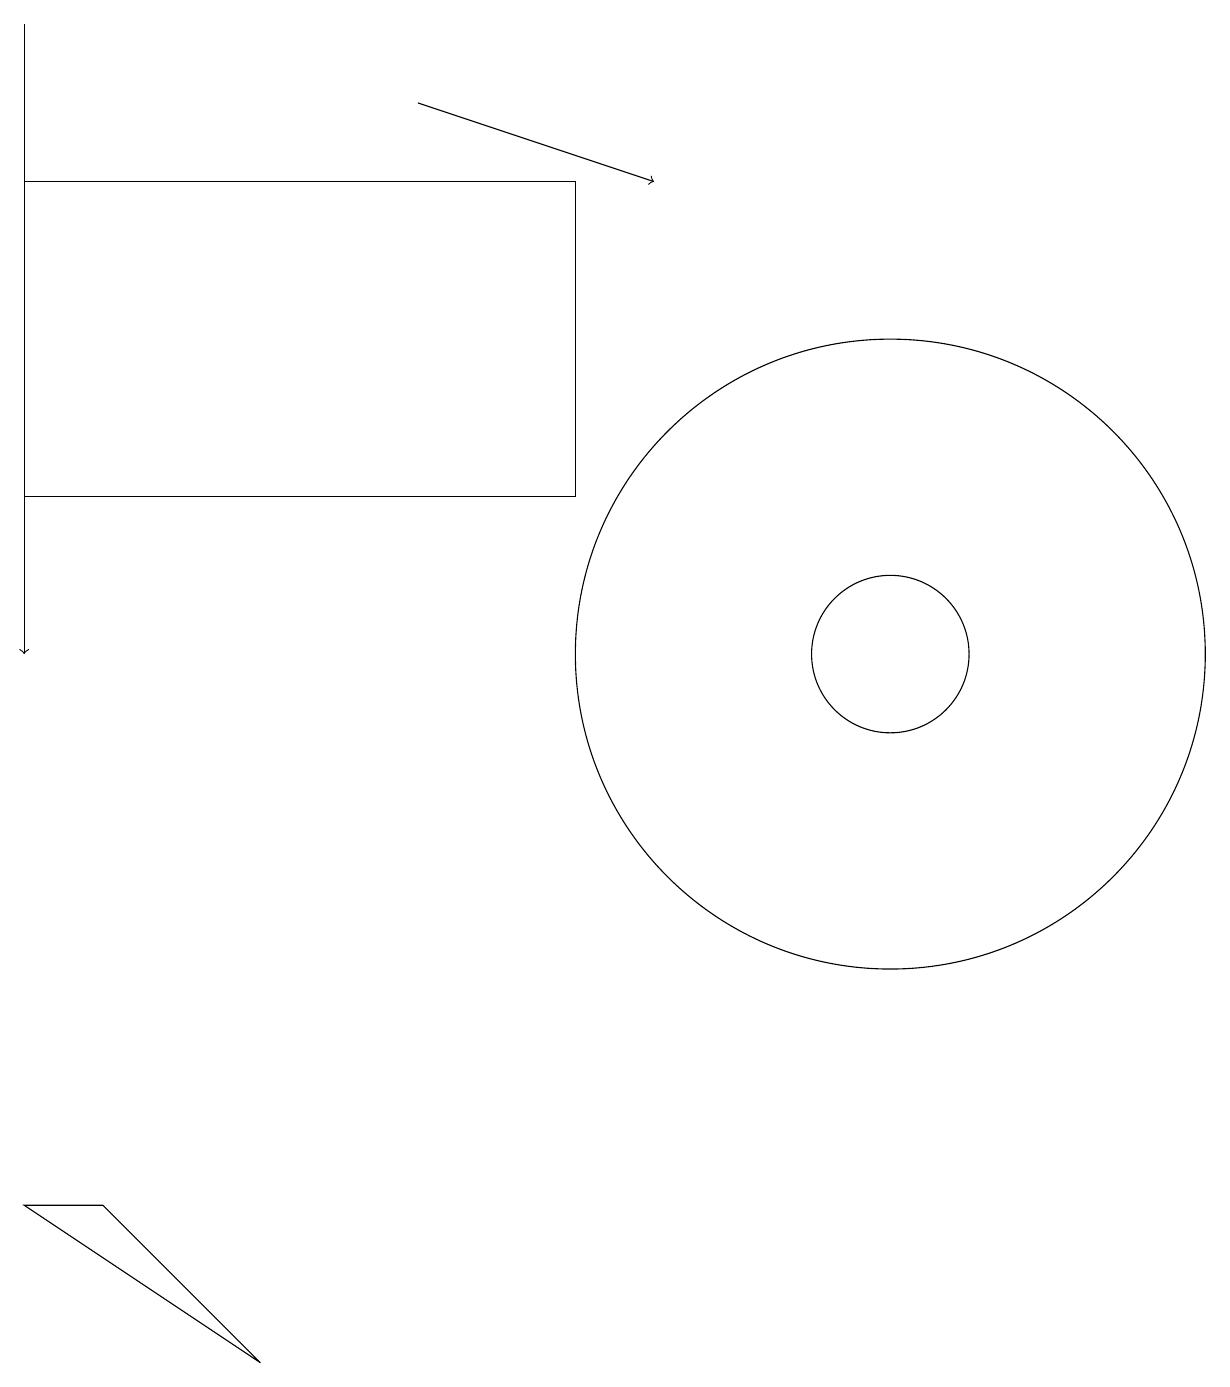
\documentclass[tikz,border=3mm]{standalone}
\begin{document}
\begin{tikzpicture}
\draw (11,10) circle (4);
\draw (0,3) -- (3,1) -- (1,3) -- cycle;
\draw (7,16) rectangle (0,12);
\draw[->] (0,18) -- (0,10);
\draw (11,10) circle (1);
\draw[->] (5,17) -- (8,16);
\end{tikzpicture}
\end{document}